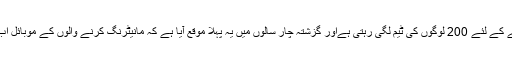
تمام نیوزچینلوں پر نگرانی رکھنے کے لئے 200 لوگوں کی ٹیم لگی رہتی ہےاور گزشتہ چار سالوں میں یہ پہلا موقع آیا ہے کہ مانیٹرنگ کرنے والوں کے موبائل اب باہر ہی رکھوا لئے جا رہے ہیں۔